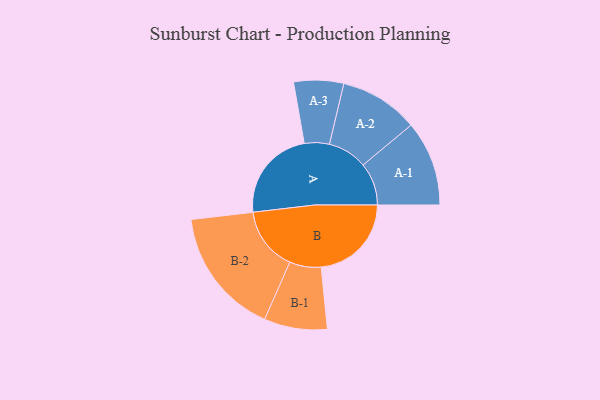
{"axis": {"x": "Segment", "y": "Value"}, "legend": ["", "A", "B"], "data": [{"x": "A", "y": 421, "type": ""}, {"x": "B", "y": 409, "type": ""}, {"x": "A-1", "y": 193, "type": "A"}, {"x": "A-2", "y": 179, "type": "A"}, {"x": "A-3", "y": 113, "type": "A"}, {"x": "B-1", "y": 143, "type": "B"}, {"x": "B-2", "y": 289, "type": "B"}]}